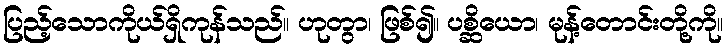
ပြည့်သောကိုယ်ရှိကုန်သည်။ ဟုတွာ၊ ဖြစ်၍။ ပစ္ဆိယော၊ မုန့်တောင်းတို့ကို။